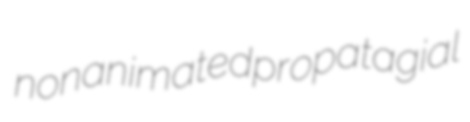
nonanimated propatagial